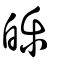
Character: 皪